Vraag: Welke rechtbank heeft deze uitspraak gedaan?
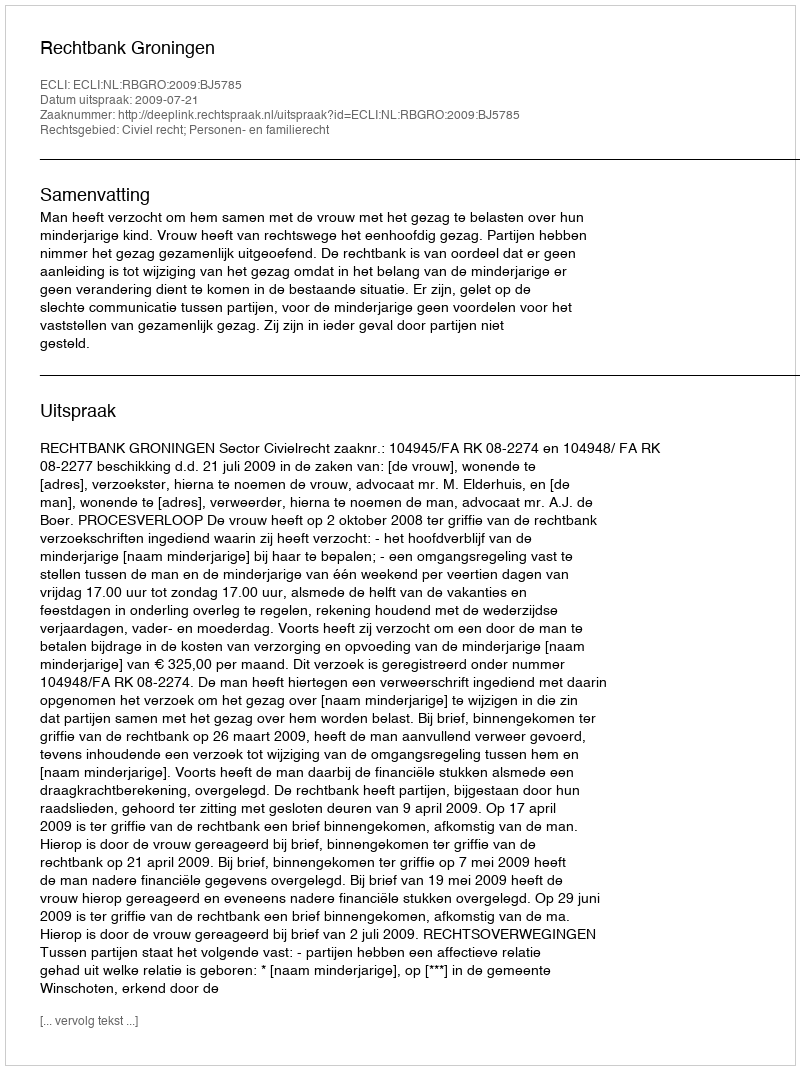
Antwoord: Rechtbank Groningen